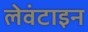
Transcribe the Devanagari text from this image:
लेवंटाइन